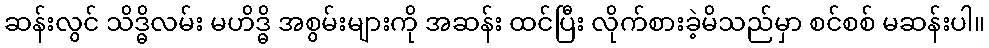
ဆန်းလွင် သိဒ္ဓိလမ်း မဟိဒ္ဓိ အစွမ်းများကို အဆန်း ထင်ပြီး လိုက်စားခဲ့မိသည်မှာ စင်စစ် မဆန်းပါ။